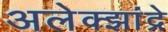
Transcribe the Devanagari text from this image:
अलेक्झांद्रे